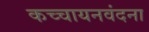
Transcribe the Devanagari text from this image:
कच्चायनवंदना